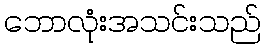
ဘောလုံးအသင်းသည်